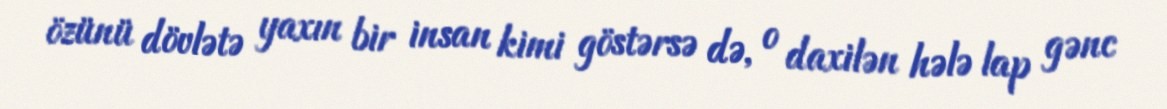
özünü dövlətə yaxın bir insan kimi göstərsə də, o daxilən hələ lap gənc